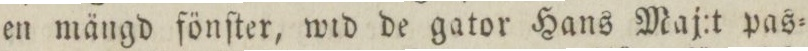
en mängd fönſter, wid de gator Hans Maj:t pas=